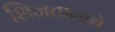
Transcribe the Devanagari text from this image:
शिजतानाचे